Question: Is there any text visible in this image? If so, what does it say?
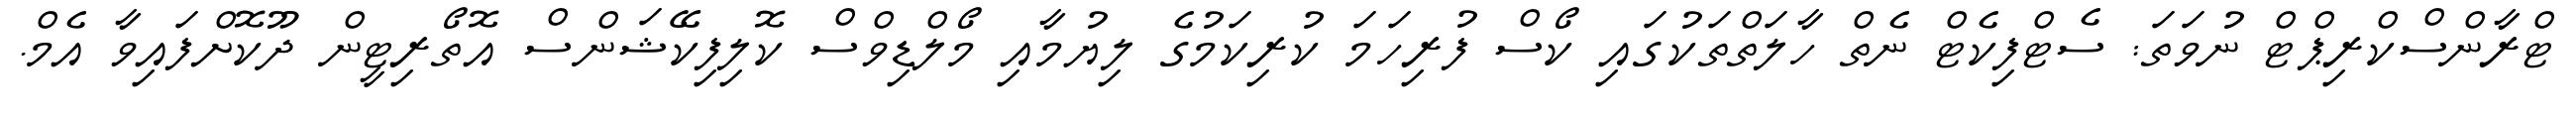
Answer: ޓްރާންސްކްރިޕްޓް ނުވަތަ: ސެޓްފިކެޓް ނެތް ހާލަތްތަކުގައި ކޯސް ފުރިހަމަ ކުރިކަމުގެ ލިޔުމާއި މޯލްޑިވްސް ކޮލިފިކޭޝަންސް އޮތޯރިޓީން ދޫކޮށްފައިވާ އެމް.